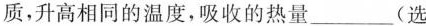
质，升高相同的温度，吸收的热量___(选